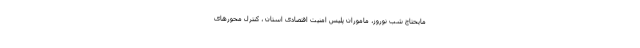
مایحتاج شب نوروز، ماموران پلیس امنیت اقتصادی استان ، کنترل محورهای